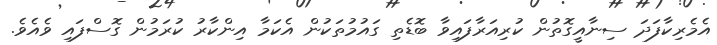
އެމެރިކާފަދަ ސިނާއީގޮތުން ކުރިއަރާފައިވާ ބޮޑެތި ގައުމުތަކުން އެކަމާ އިންކާރު ކުރަމުން ގޮސްފައި ވެއެވެ.